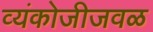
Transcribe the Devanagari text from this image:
व्यंकोजीजवळ